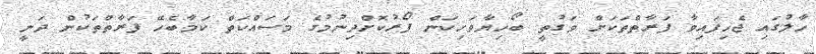
ހާލުގައި ޖެހިފައިވާ ފަރާތްތަކަށް ވަގުތީ ބޯހިޔާވަހިކަން ފޯރުކޮށްދިނުމުގެ މަސައްކަތް ކަމާބެހޭ ފަރާތްތަކުން ދަނީ